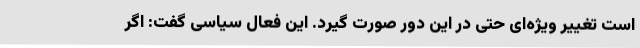
است تغییر ویژه‌ای حتی در این دور صورت گیرد. این فعال سیاسی گفت: اگر